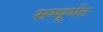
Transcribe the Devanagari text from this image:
सम्पूर्णत